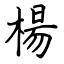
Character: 楊